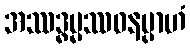
အဿဒ္ဓမ္မဿဝနမ္ပာဟံ